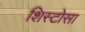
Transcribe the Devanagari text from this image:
शिस्टोसा